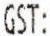
GST: